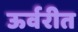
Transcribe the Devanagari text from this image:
ऊर्वरीत